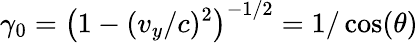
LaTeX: \gamma_{0}=\left(1-(v_{y}/c)^{2}\right)^{-1/2}=1/\cos(\theta)